Report of the Imperial Institute of Veterinary Research, Muktesar
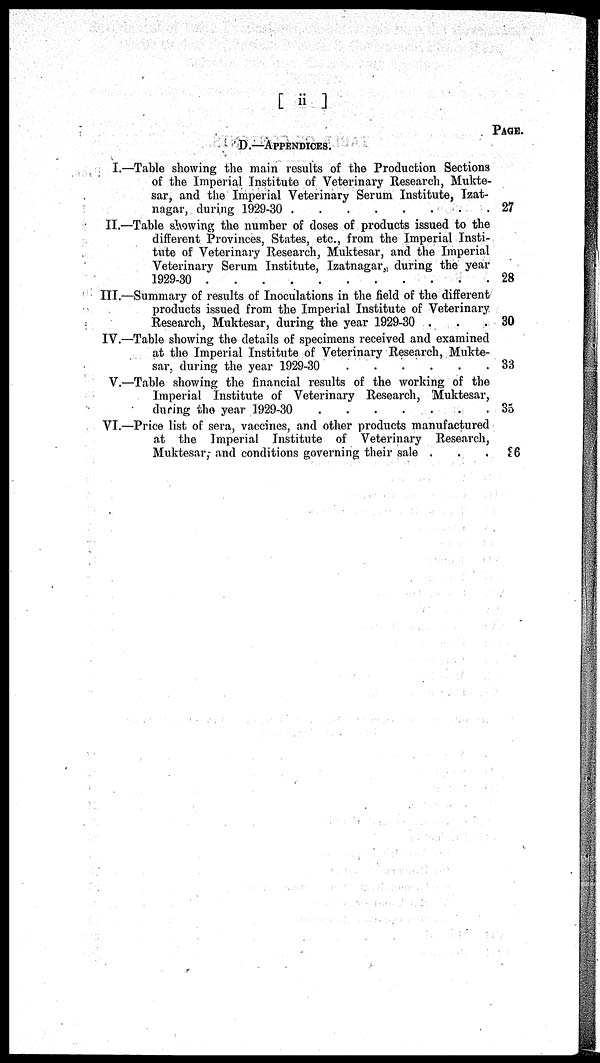
[ ii ]
PAGE.
D.—APPENDICES.
I.—Table showing the main results of the Production Sections
of the Imperial Institute of Veterinary Research, Mukte-
sar, and the Imperial Veterinary Serum Institute, Izat-
nagar, during 1929-30
27
II.—Table showing the number of doses of products issued to the
different Provinces, States, etc., from the Imperial Insti-
tute of Veterinary Research, Muktesar, and the Imperial
Veterinary Serum Institute, Izatnagar, during the year
1929-30
28
III.—Summary of results of Inoculations in the field of the different
products issued from the Imperial Institute of Veterinary
Research, Muktesar, during the year 1929-30 .
.30
IV.—Table showing the details of specimens received and examined
at the Imperial Institute of Veterinary Research, Mukte-
sar, during the year 1929-30
33
V.—Table showing the financial results of the working of the
Imperial Institute of Veterinary Research, Muktesar,
during the year 1929-30
35
VI.—Price list of sera, vaccines, and other products manufactured
at the Imperial Institute of Veterinary Research,
Muktesar, and conditions governing their sale .
.
36